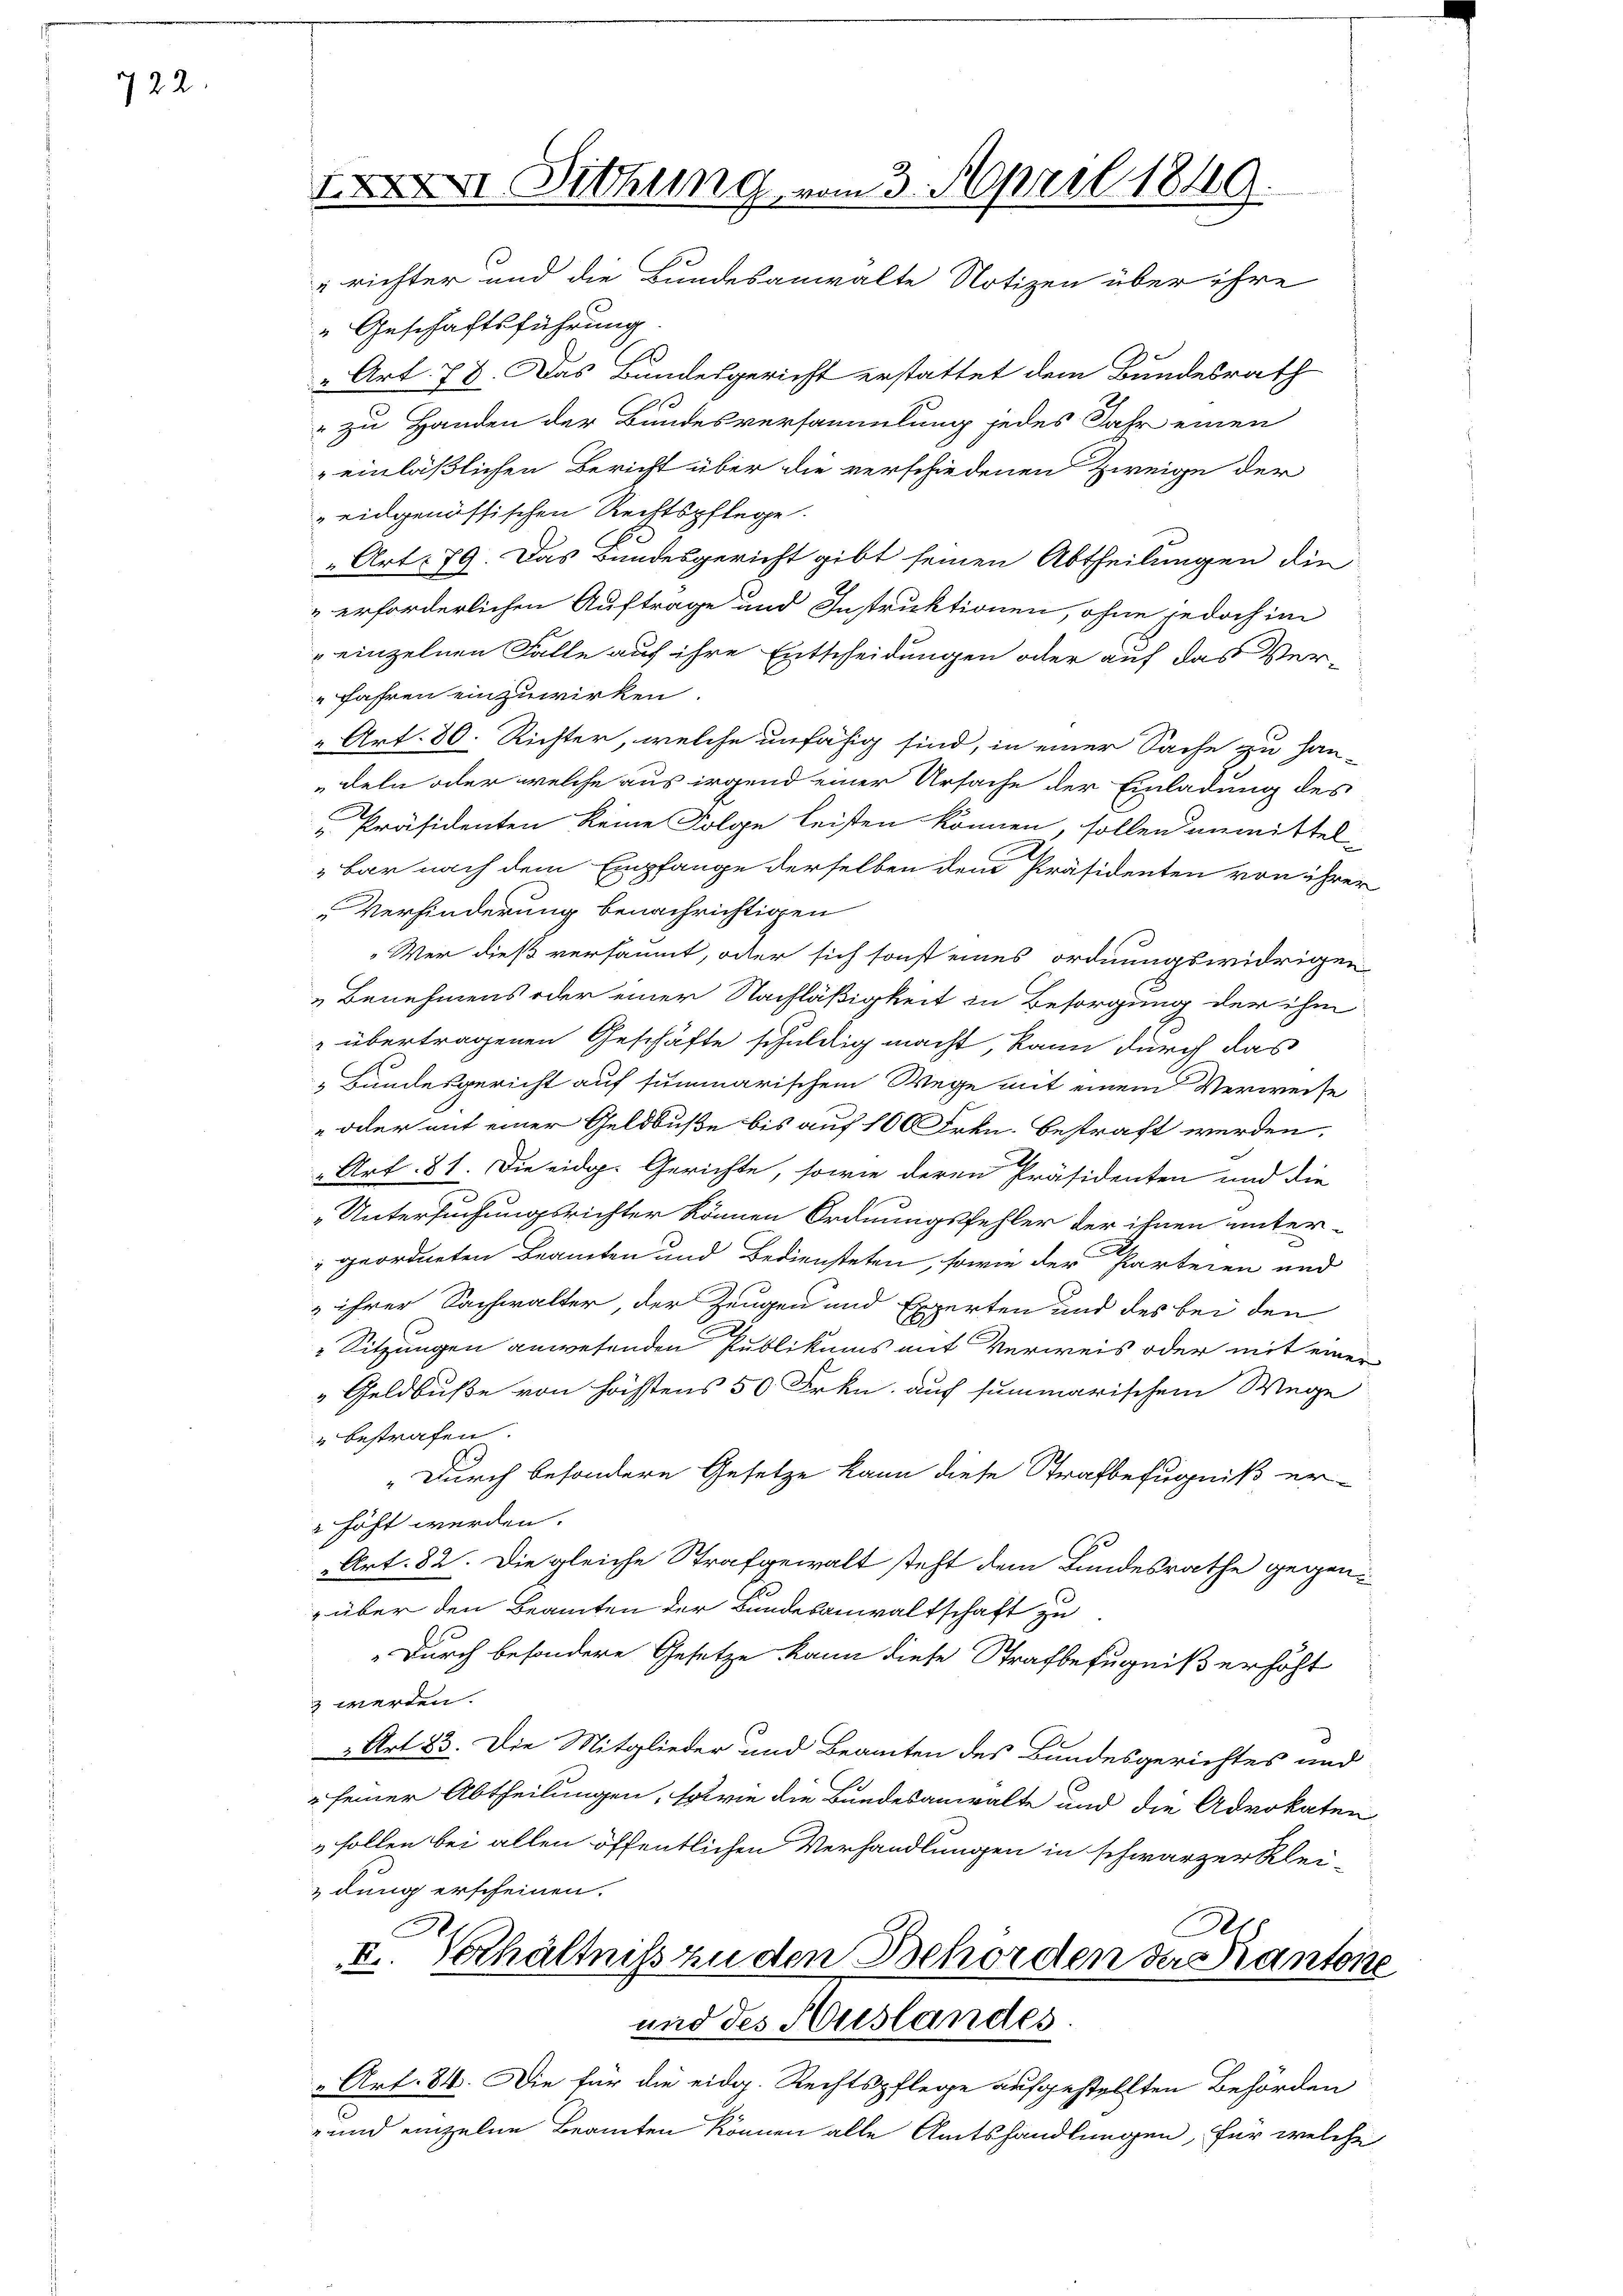
722.

II Dithung vom 3. April 1849.
„richter und die Bundesanwalte Notizen über ihre

"Geschäftsführung
A
Art. 78. Das Bundesgericht erstattet dem Bundesrath
" zu Handen der Bundesversammlung jedes Jahr einen
einläßlichen Bericht über die verschiedenen Zweige der
eidgenössischen Rechtspflege.
Art. 79. Das Bundesgericht gibt seinen Abtheilungen die
erforderlichen Auftrage und Instruktionen, ohne jedoch im
" einzelnen Falle auf ihre Entscheidungen oder auf das Verfahren einzuwirken
Art. 80. Richter, welche unfähig sind, in einer Sache zu han-
deln oder welche aus irgend einer Ursache der Einladung des
Präsidenten keine Folge leisten können, sollen unmittel-
bar nach dem Empfange derselben dem Präsidenten von ihrer
Verhinderung benachrichtigen
„Wer dieß versäumt, oder sich sonst eines ordnungswidrigen
„Benehmens oder einer Nachläßigkeit in Besorgung der ihm
" übertragenen Geschäfte schuldig macht, kann durch das
„Bundesgericht auf summarischem Wege mit einem Verweise
 oder mit einer Geldbuße bis auf 100 Frkn. bestraft werden.
" Art. 81. Die eidg. Gerichte, sowie deren Präsidenten und die
„Untersuchungsrichter können Ordnungsfehler der ihnen unter-
" geordneten Beamten und Bediensteten, sowie der Parteien und
 ihrer Sachwalter der Zeugen und Experten und des bei den
Sitzungen anwesenden Publikums mit Verweis oder mit einer
 Geldbuße von höchstens 50 Frkn. auch summarischem Wege
" bestrafen.
„Durch besondere Gesetze kann diese Strafbefugniß erhöht werden.
Art. 82. Die gleiche Strafgewalt steht dem Bundesrathe gegen¬
 über den Beamten der Bundesanwaltschaft zu
„Durch besondere Gesetze kann diese Strafbefugniß erhöht
z werden.
 Art 23. Die Mitglieder und Beamten des Bundesgerichtes und
" seiner Abtheilungen, sowie die Bundesanwalte und die Advokaten
sollen bei allen öffentlichen Verhandlungen in schwarzer klei-
dung erscheinen.
R)
I. Verhältniß zu den Behörden der Kantone
und des Auslandes.
“ Art. 84. Die für die eidg. Rechtspflege aufgestellten Behörden
- und einzelne Beamten können alle Amtshandlungen, für welche